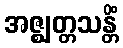
အဇ္ဈတ္တသန္တိံ